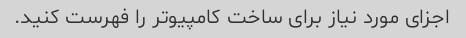
اجزای مورد نیاز برای ساخت کامپیوتر را فهرست کنید.